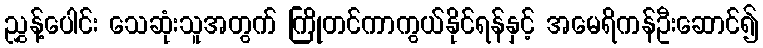
ညွှန့်ပေါင်း သေဆုံးသူအတွက် ကြိုတင်ကာကွယ်နိုင်ရန်နှင့် အမေရိကန်ဦးဆောင်၍